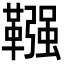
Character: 𩌾